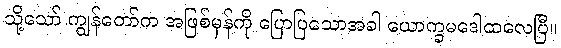
သို့သော် ကျွန်တော်က အဖြစ်မှန်ကို ပြောပြသောအခါ ယောက္ခမဒေါထလေပြီ။